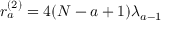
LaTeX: r _ { a } ^ { ( 2 ) } = 4 ( N - a + 1 ) \lambda _ { a - 1 }